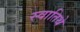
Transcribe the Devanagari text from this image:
स्वातिथे